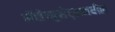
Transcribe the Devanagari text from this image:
मॅसेच्युसेट्समधील